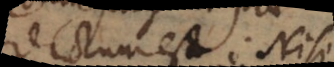
dictum est. Nisi